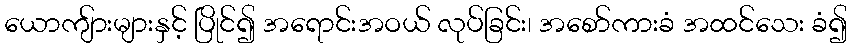
ယောကျ်ားများနှင့် ပြိုင်၍ အရောင်းအဝယ် လုပ်ခြင်း၊ အစော်ကားခံ အထင်သေး ခံ၍